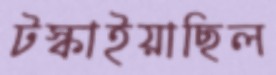
টস্‌কাইয়াছিল